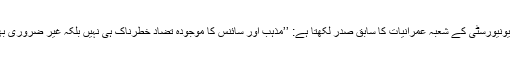
ہارورڈ یونیورسٹی کے شعبہ عمرانیات کا سابق صدر لکھتا ہے: ’’مذہب اور سائنس کا موجودہ تضاد خطرناک ہی نہیں بلکہ غیر ضروری بھی ہے۔